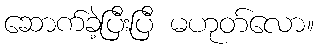
ဆောက်ခဲ့ပြီးပြီ မဟုတ်လော။